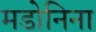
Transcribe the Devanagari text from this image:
मडोनिना